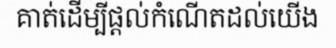
គាត់ដើម្បីផ្តល់កំណើតដល់យើង